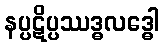
နပ္ပဋိပ္ပဿဒ္ဓလဒ္ဓေါ